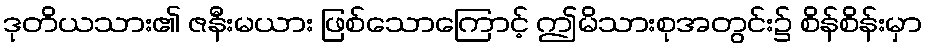
ဒုတိယသား၏ ဇနီးမယား ဖြစ်သောကြောင့် ဤမိသားစုအတွင်း၌ စိန်စိန်းမှာ